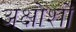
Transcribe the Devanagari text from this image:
अक्षोशों